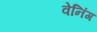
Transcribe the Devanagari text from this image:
वेनिंग